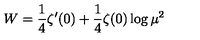
W = \frac { 1 } { 4 } \zeta ^ { \prime } ( 0 ) + \frac { 1 } { 4 } \zeta ( 0 ) \log \mu ^ { 2 }